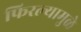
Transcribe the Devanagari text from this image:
फिरल्यामुळे